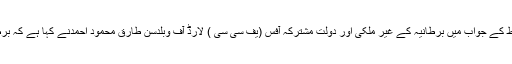
اللؤلؤة ٹی وی کے مطابق نبیل رجب کیس کے بارے میں بین الاقوامی انکوائری کے بارے تحریری خط کے جواب میں برطانیہ کے غیر ملکی اور دولت مشترکہ آفس (یف سی سی ) لارڈ آف وبلدسن طارق محمود احمدنے کہا ہے کہ برطانیہ بار ہا نبیل رجب کے کیس کے معاملے کو بحرینی حکومت کی اعلیٰ ترین سطح پر اٹھا چکا ہے۔